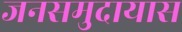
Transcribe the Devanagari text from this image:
जनसमुदायास